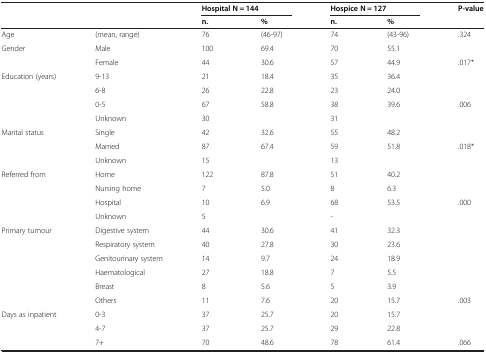
<table><thead><tr><td colspan="2"></td><td colspan="2"><b>Hospital N = 144</b></td><td colspan="2"><b>Hospice N = 127</b></td><td><b>P-value</b></td></tr><tr><td></td><td></td><td><b>n.</b></td><td><b>%</b></td><td><b>n.</b></td><td><b>%</b></td><td></td></tr></thead><tbody><tr><td>Age</td><td>(mean, range)</td><td>76</td><td>(46-97)</td><td>74</td><td>(43-96)</td><td>.324</td></tr><tr><td>Gender</td><td>Male</td><td>100</td><td>69.4</td><td>70</td><td>55.1</td><td></td></tr><tr><td></td><td>Female</td><td>44</td><td>30.6</td><td>57</td><td>44.9</td><td>.017*</td></tr><tr><td>Education (years)</td><td>9-13</td><td>21</td><td>18.4</td><td>35</td><td>36.4</td><td></td></tr><tr><td></td><td>6-8</td><td>26</td><td>22.8</td><td>23</td><td>24.0</td><td></td></tr><tr><td></td><td>0-5</td><td>67</td><td>58.8</td><td>38</td><td>39.6</td><td>.006</td></tr><tr><td></td><td>Unknown</td><td>30</td><td></td><td>31</td><td></td><td></td></tr><tr><td>Marital status</td><td>Single</td><td>42</td><td>32.6</td><td>55</td><td>48.2</td><td></td></tr><tr><td></td><td>Married</td><td>87</td><td>67.4</td><td>59</td><td>51.8</td><td>.018*</td></tr><tr><td></td><td>Unknown</td><td>15</td><td></td><td>13</td><td></td><td></td></tr><tr><td>Referred from</td><td>Home</td><td>122</td><td>87.8</td><td>51</td><td>40.2</td><td></td></tr><tr><td></td><td>Nursing home</td><td>7</td><td>5.0</td><td>8</td><td>6.3</td><td></td></tr><tr><td></td><td>Hospital</td><td>10</td><td>6.9</td><td>68</td><td>53.5</td><td>.000</td></tr><tr><td></td><td>Unknown</td><td>5</td><td></td><td>-</td><td></td><td></td></tr><tr><td>Primary tumour</td><td>Digestive system</td><td>44</td><td>30.6</td><td>41</td><td>32.3</td><td></td></tr><tr><td></td><td>Respiratory system</td><td>40</td><td>27.8</td><td>30</td><td>23.6</td><td></td></tr><tr><td></td><td>Genitourinary system</td><td>14</td><td>9.7</td><td>24</td><td>18.9</td><td></td></tr><tr><td></td><td>Haematological</td><td>27</td><td>18.8</td><td>7</td><td>5.5</td><td></td></tr><tr><td></td><td>Breast</td><td>8</td><td>5.6</td><td>5</td><td>3.9</td><td></td></tr><tr><td></td><td>Others</td><td>11</td><td>7.6</td><td>20</td><td>15.7</td><td>.003</td></tr><tr><td>Days as inpatient</td><td>0-3</td><td>37</td><td>25.7</td><td>20</td><td>15.7</td><td></td></tr><tr><td></td><td>4-7</td><td>37</td><td>25.7</td><td>29</td><td>22.8</td><td></td></tr><tr><td></td><td>7+</td><td>70</td><td>48.6</td><td>78</td><td>61.4</td><td>.066</td></tr></tbody></table>